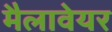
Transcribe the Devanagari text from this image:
मैलावेयर